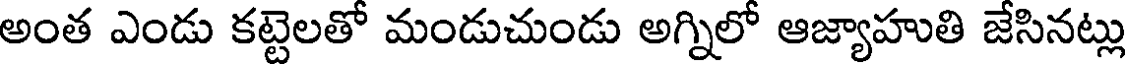
అంత ఎండు కట్టెలతో మండుచుండు అగ్నిలో ఆజ్యాహుతి జేసినట్లు